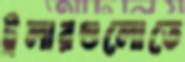
ট্রলারগুলোতে